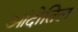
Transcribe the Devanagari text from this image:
आंदोतिल